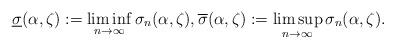
\begin{align*} \underline{\sigma}(\alpha,\zeta):= \liminf_{n\to\infty} \sigma_{n}(\alpha,\zeta),\overline{\sigma}(\alpha,\zeta):= \limsup_{n\to\infty} \sigma_{n}(\alpha,\zeta).\end{align*}